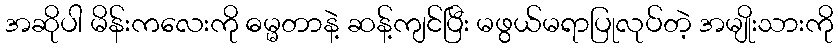
အဆိုပါ မိန်းကလေးကို ဓမ္မတာနဲ့ ဆန့်ကျင်ပြီး မဖွယ်မရာပြုလုပ်တဲ့ အမျိုးသားကို